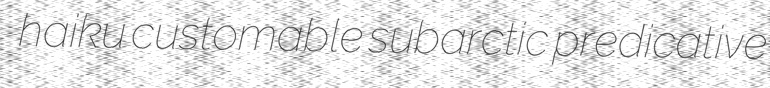
haiku customable subarctic predicative